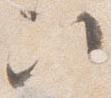
次